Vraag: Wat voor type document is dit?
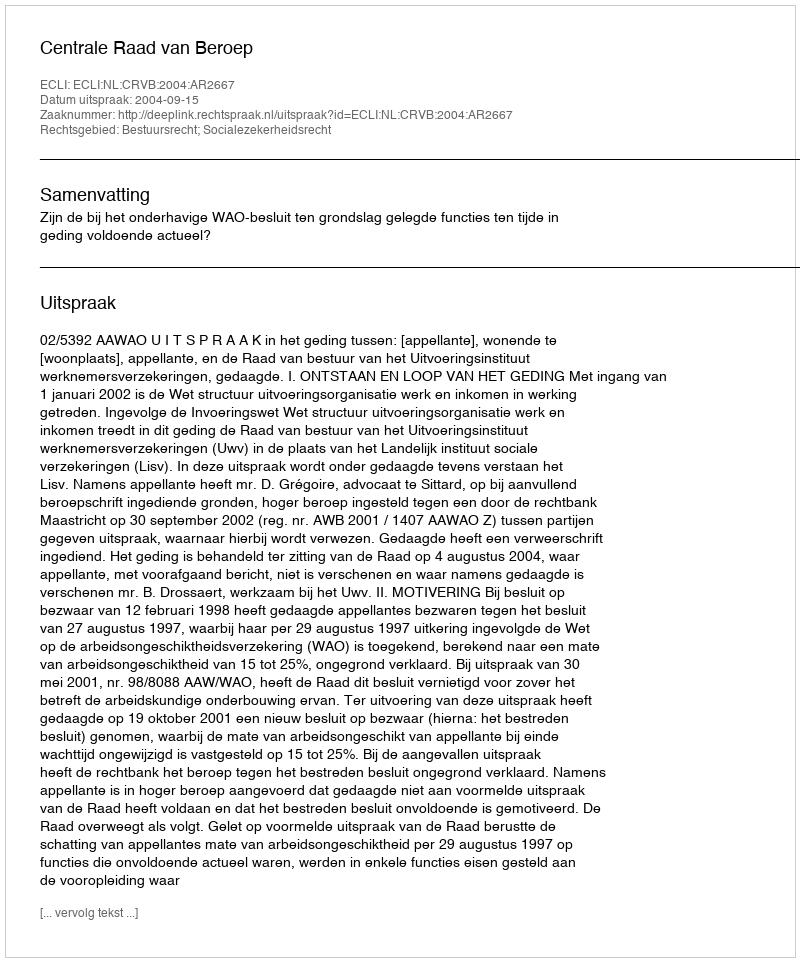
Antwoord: Uitspraak